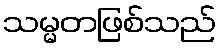
သမ္မတဖြစ်သည်